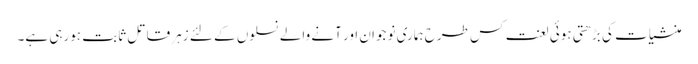
منشیات کی بڑھتی ہوئی لعنت کس طرح ہماری نوجوان اور آنے والے نسلوں کے لئے زہر قاتل ثابت ہورہی ہے۔